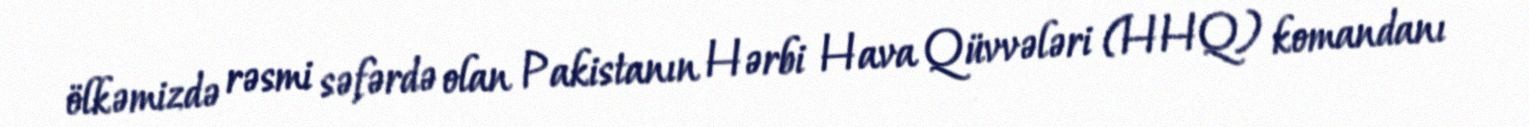
ölkəmizdə rəsmi səfərdə olan Pakistanın Hərbi Hava Qüvvələri (HHQ) komandanı